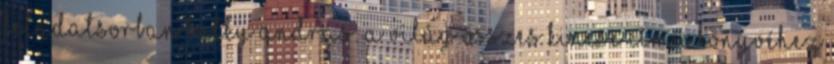
feladatsorban Bátky András: A világ összes kincse című könyvéhez